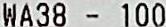
WA38 - 100